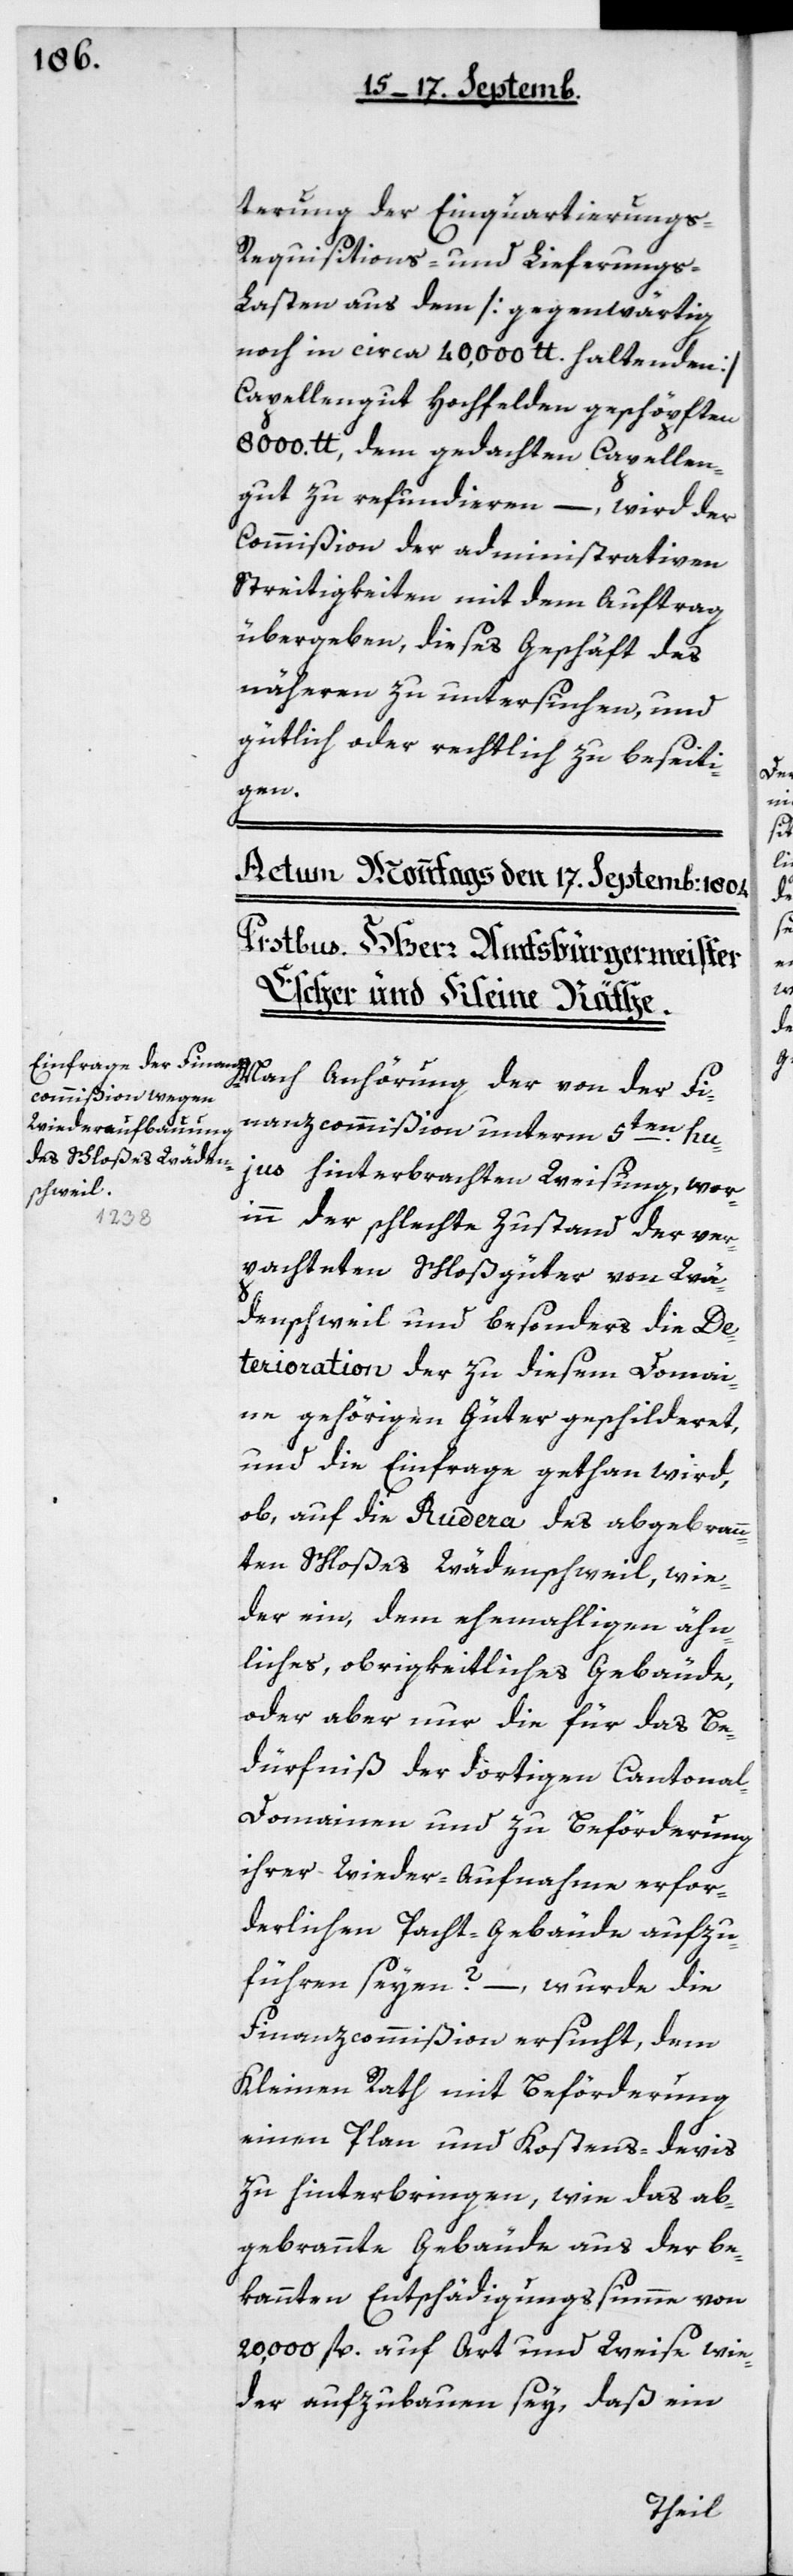
terung der Einquartierungs-,
Requisitions- und Lieferungs-L¬
asten aus dem [gegenwärtig
noch in ca. 40'000 lb. haltenden]
Capellengut Hochfelden geschöpften
8000 lb, dem gedachten Capellen¬
gut zu refundieren, – wird der
Commißion der administrativen
Streitigkeiten mit dem Auftrag
übergeben, dieses Geschäft des
Näheren zu untersuchen, und
gütlich oder rechtlich zu beseiti¬
gen.
Nach Anhörung der von der Fi¬
nanzcommißion unterm 5ten hu¬
jus hinterbrachten Weisung, wor¬
inn der schlechte Zustand der ver¬
pachteten Schloßgüter von Wä¬
denschweil und besonders die De¬
terioration der zu diesem Domai¬
ne gehörigen Güter geschilderet,
und die Einfrage gethan wird,
ob, auf die Rudera des abgebrann¬
ten Schloßes Wädenschweil, wie¬
der ein, dem ehemaligen ähn¬
liches, obrigkeitliches Gebäude,
oder aber nur die für das Be¬
dürfnis der dortigen Cantonal-D¬
omainen und zu Beförderung
ihrer Wiederaufnahme erfor¬
derlichen Pachtgebäude aufzu¬
führen seyen? – wurde die
Finanzcommißion ersucht, dem
Kleinen Rath mit Beförderung
einen Plan und Kostens-Devis
zu hinterbringen, wie das ab¬
gebrannte Gebäude aus der be¬
kannten Entschädigungßumme von
20'000 fl. auf Art und Weise wie¬
der aufzubauen sey, daß ein